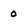
Character: 0